Annual report of the Punjab Veterinary College and of the Civil Veterinary Department, Punjab - 1920-1925
Year: 1920
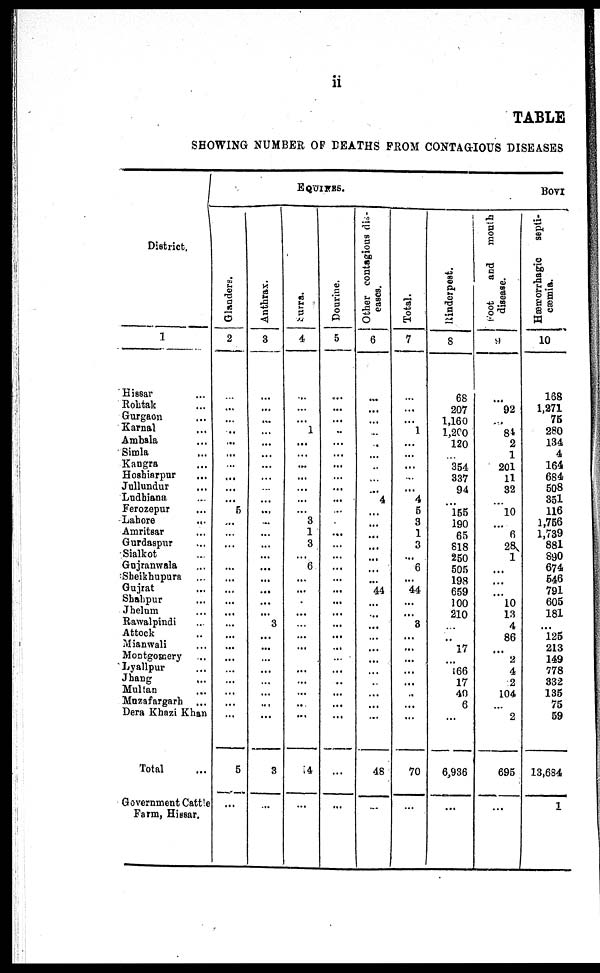
ii
TABLE
SHOWI NG NUMBER OF DEATHS FROM CONTAGI OUS DI SEAS
Di st ri ct .
1
Hi ssar
Roht ak
Gurgaon ...
Karnal ...
Ambala ...
Si ml a ...
Kangr a ...
Hoshiarpur. . .
Jullundur... Ludhiana... Ferozepur...
Lahore... Amr i t sar .
.
.
Gurdaspur. . .
Sialkot...
Guj r anwal a .
.
.
Shei khupur a .
.
.
Gujrat... Shahpur... Jhelum...
Rawal pi ndi .
.
.
At t ock ...
Mianwali...
Mont gomery. . .
Lyallpur... Jhang... Mul t an
...
Muzafargarh. . .
Der a Khazi Khan
Total...
Gover nment Cat t l e
Far m, Hi ssar.
EQUINES.
Glanders.
2
...
...
...
...
...
... ...
... ...
... 5
...
... ...
... ... ...
... ...
...
... ... ...
...
... ...
... ...
...
5
...
Anthrax.
3
...
....
... ...
....
... ...
...
... ... ... ...
... ...
...
... ...
... ... ... 3
... ...
...
...
... ... ... ...
3
...
Surra.
4
...
...
... 1
...
... ...
...
... ...
... 3
1 3
... 6
... ...
... ...
... ... ...
...
... ... ...
... ...
14
...
Dourine.
5
...
...
...
..
...
... ...
... ... ...
... ... ...
... ... ... ...
...
...
... ...
... ...
...
...
...
...
...
...
...
...
Other contagious dis-
eases.
6
...
... ...
...
...
...
... ... ... 4
... ... ... ... ... ... ... 44
... ... ... ... ... ... ... ... ... ... ...
48
...
Total.
7
...
...
... 1
...
... ...
... ... 4 5
3 1
3
... 6
... 44
...
... 3
... ... ... ...
... ... ... ...
70
...
BOVI
Rinderpest.
8
68
207
1, 160
1, 200 120
... 354 337 94
... 155 190 65
818 250 505 198
659 100
210
... ... 17
... 166 17
40 6
...
6, 936
...
Foot
and month
disease.
9
...
92 84 2
1
201 11
32
... 10
... 6
28 1
... ... ... 10
13 4
86
... 2 4 2
104
... 2
695
...
Hæmorrhagic septi-
cæmia.
10
168
1, 271 75
280 134
4
164
684 508 351 116
1, 756
1, 739 881 890
674 546
791 605
181
... 125 213 149 778
332
135 75 59
13, 684
1